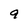
Character: 9